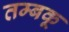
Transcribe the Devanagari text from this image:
तम्बकू